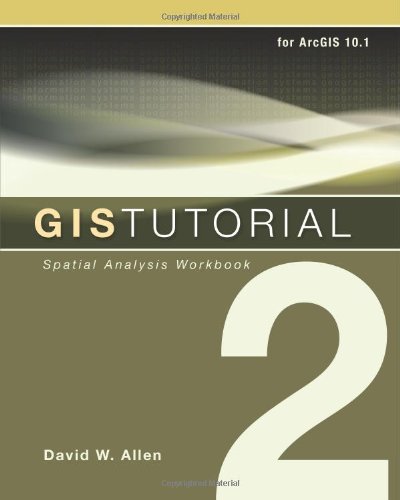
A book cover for GIS Tutorial 2: Spatial Analysis Workbook; David W. Allen; Engineering & Transportation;